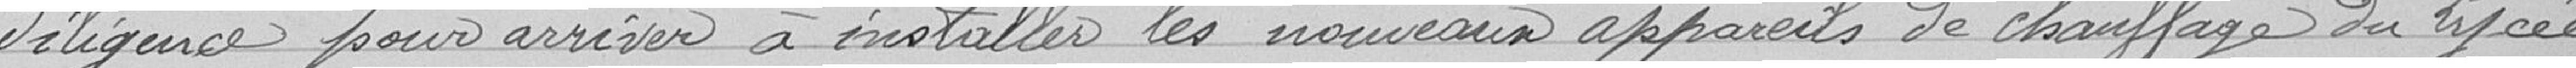
Diligence pour arriver à installer les nouveaux appareils de chauffage du Lycée